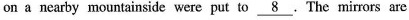
on a nearby mountainside were put to \underline{8}.The mirrors are